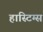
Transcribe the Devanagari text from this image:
हास्टिग्स